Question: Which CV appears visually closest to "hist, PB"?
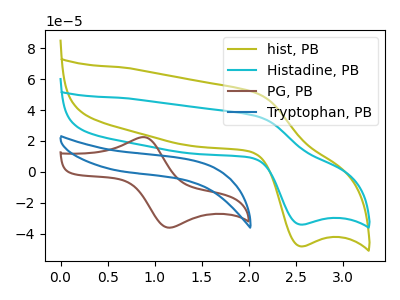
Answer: <think>The olive curve "hist, PB" has an anodic peak at (2.10V, 51.10uA) and a cathodic peak at (2.55V, -48.20uA). The cyan curve "Histadine, PB" has an anodic peak at (2.10V, 36.15uA) and a cathodic peak at (2.55V, -34.10uA). The brown curve "PG, PB" has an anodic peak at (0.90V, 22.40uA) and a cathodic peak at (1.15V, -36.15uA). The blue curve "Tryptophan, PB" has no peaks.
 All the peaks in "hist, PB" have a peak in "Histadine, PB" at the same potential. Every peak in "hist, PB" is higher than every peak in "Histadine, PB". "hist, PB" and "PG, PB" have at least one peak that do not match. "hist, PB" and "Tryptophan, PB" have a different number of peaks. "Histadine, PB" and "PG, PB" have at least one peak that do not match. "Histadine, PB" and "Tryptophan, PB" have a different number of peaks. "PG, PB" and "Tryptophan, PB" have a different number of peaks.</think>
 <answer>The CV with the most similar shape to "Histadine, PB" is "hist, PB".</answer>
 <eval>"hist, PB"</eval>